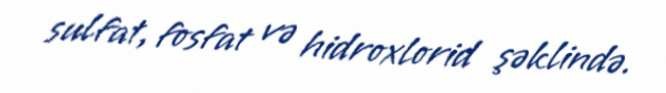
sulfat, fosfat və hidroxlorid şəklində.